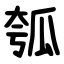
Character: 瓠